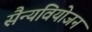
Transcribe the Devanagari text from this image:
सैन्यवियोजन